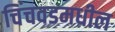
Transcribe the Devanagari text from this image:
चिंचवडमधील